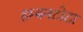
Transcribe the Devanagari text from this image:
हम्बनटोटा